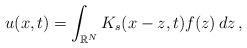
\begin{align*}u(x,t)=\int_{\mathbb{R}^N}K_s(x-z,t)f(z)\,dz\,,\end{align*}